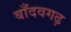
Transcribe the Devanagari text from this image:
बाँदवगढ़